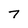
Character: 7